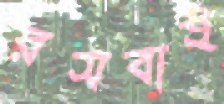
রসবাই